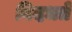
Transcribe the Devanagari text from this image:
विदधते